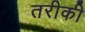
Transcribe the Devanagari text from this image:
तरीकी